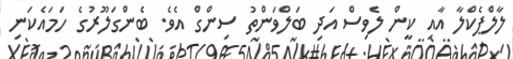
ލާލްޕެކްލާ އާއި ކީން ލެވިސް އަދި ބަލްވަންތު ސިންގް އެވެ. ބެންގަލޫރުގެ ހަމައެކަނި